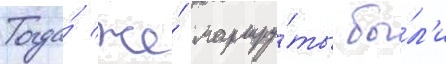
Тогда́ же́ маршру́ты бы́л'и